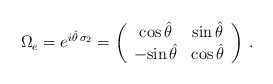
\begin{align*}\Omega_e = e^{i\hat\theta\,\sigma_2} =\left( \begin{array}{cc} {\rm cos}\, \hat\theta& {\rm sin}\, \hat\theta\\-{\rm sin}\, \hat\theta& {\rm cos}\, \hat\theta \end{array} \right)\, .\end{align*}